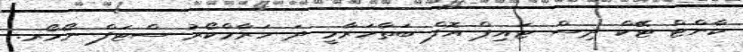
ކާންޓް ޓޭކް ދިސް ޓައިޕް އޮފް ބަތާހަރާމީ ދަ ހަރާމްކޯރު ސްޓަފް ނޯމޯރ.